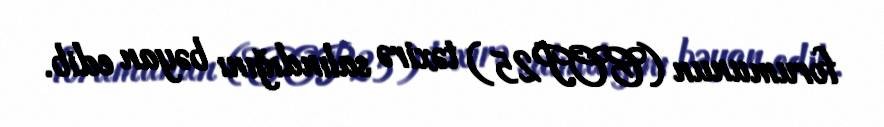
forumunun (COP25) təxirə salındığını bəyan edib.